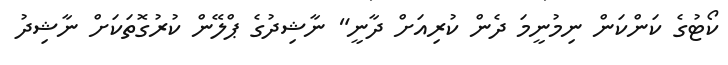
ކޯޓުގެ ކަންކަން ނިމުނީމަ ދެން ކުރިއަށް ދާނީ" ނާޝިދުގެ ޕްލޭން ކުރުގޮތަކަށް ނާޝިދު